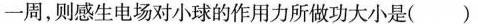
一周，则感生电场对小球的作用力所做功大小是( )